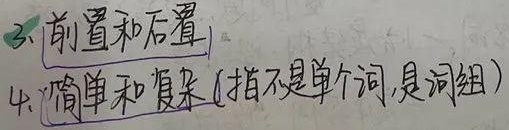
3. 前置和后置
4. 简单和复杂（指不是单个词，是词组）